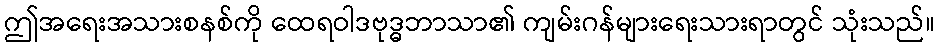
ဤအရေးအသားစနစ်ကို ထေရဝါဒဗုဒ္ဓဘာသာ၏ ကျမ်းဂန်များရေးသားရာတွင် သုံးသည်။